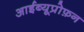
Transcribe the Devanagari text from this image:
आईब्यूप्रोफ़न